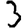
Digit: 3